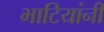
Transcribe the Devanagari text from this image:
भाटियांनी